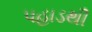
પહાડથી